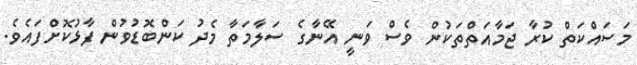
މަސައްކަތް ކުރާ ޖަމާއަތްތަކުން ވެސް ވަނީ އޭނާގެ ސަލާމަތާ މެދު ކަންބޮޑުވުން ފާޅުކޮށްފައެވެ.